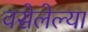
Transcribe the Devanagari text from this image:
वसेलेल्या